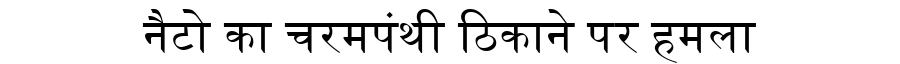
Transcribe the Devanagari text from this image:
नैटो का चरमपंथी ठिकाने पर हमला